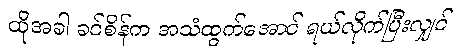
ထိုအခါ ခင်စိန်က အသံထွက်အောင် ရယ်လိုက်ပြီးလျှင်